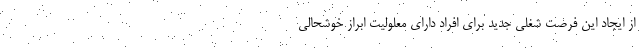
از ایجاد این فرصت شغلی جدید برای افراد دارای معلولیت ابراز خوشحالی